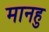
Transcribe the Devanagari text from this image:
मानहु